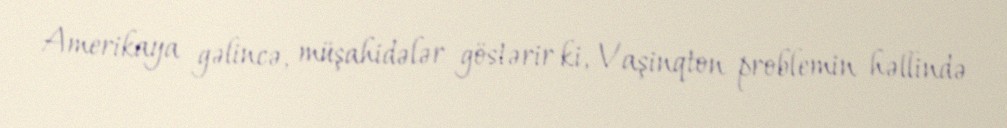
Amerikaya gəlincə, müşahidələr göstərir ki, Vaşinqton problemin həllində